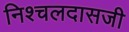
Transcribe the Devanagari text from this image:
निश्चलदासजी